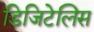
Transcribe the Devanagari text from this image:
डिजिटेलिस